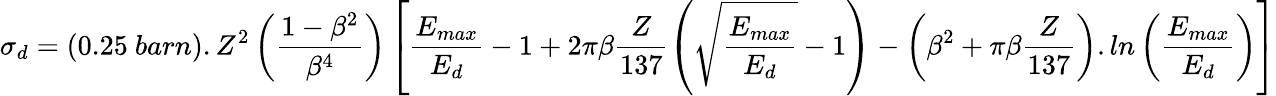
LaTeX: \sigma_{d}=\left(0.25~barn\right).Z^{2}\left(\frac{1-\beta^{2}}{\beta^{4}}\right)\left[\frac{E_{max}}{E_{d}}-1+2\pi\beta\frac{Z}{137}\left(\sqrt{\frac{E_{max}}{E_{d}}}-1\right)-\left(\beta^{2}+\pi\beta\frac{Z}{137}\right).ln\left(\frac{E_{max}}{E_{d}}\right)\right]